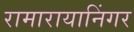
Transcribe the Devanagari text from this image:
रामारायानिंगर